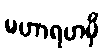
မဟာရဟမှိ